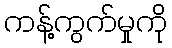
ကန့်ကွက်မှုကို